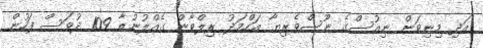
އަދި މިނިވަން ނިއުސްގެ ނޫސްވެރިޔާ އަހްމަދު ރިލްވާން ގެއްލުނުތާ 109 ދުވަސް ފަހުން